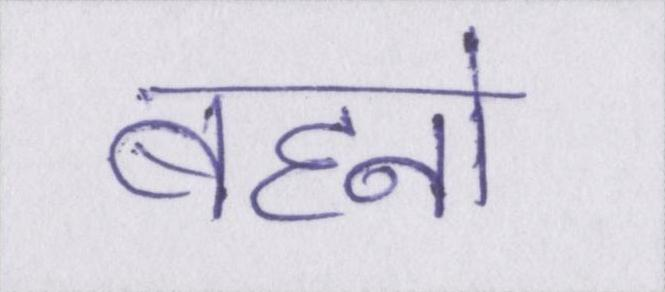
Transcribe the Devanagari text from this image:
बहनो